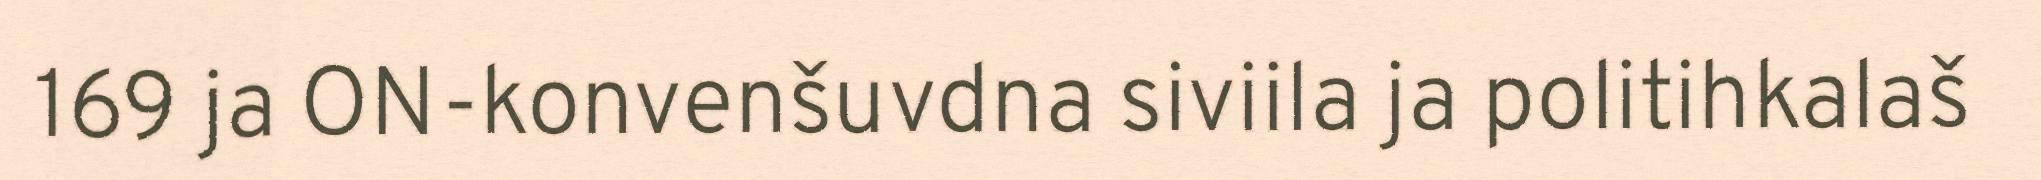
169 ja ON-konvenšuvdna siviila ja politihkalaš